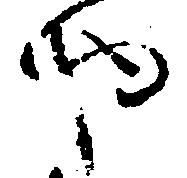
や